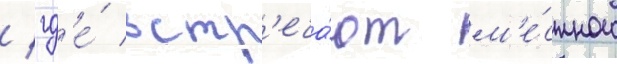
/ гд'е́ встр'еча́ют м'е́стного